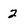
Character: 2